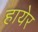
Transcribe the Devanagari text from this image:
हायेर